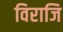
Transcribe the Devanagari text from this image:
विराजि